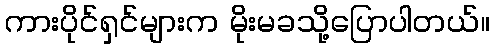
ကားပိုင်ရှင်များက မိုးမခသို့ပြောပါတယ်။